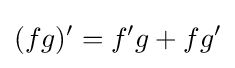
(fg)'=f'g+fg'